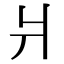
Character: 爿